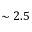
\sim 2 . 5